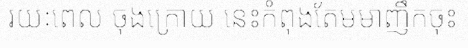
រយៈពេល ចុងក្រោយ នេះកំពុងតែមមាញឹកចុះ